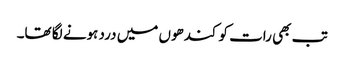
تب بھی رات کو کندھوں میں درد ہونے لگا تھا۔